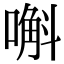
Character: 嘝